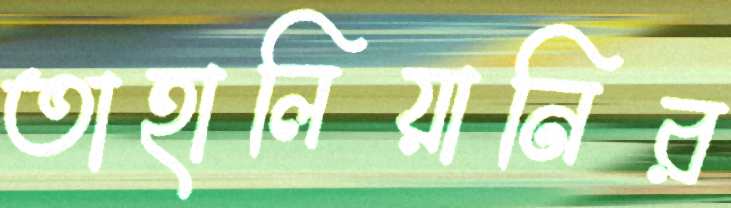
তাহালিয়ানির